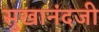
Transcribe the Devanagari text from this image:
सुखानंदजी